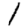
Digit: 1